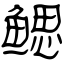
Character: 鳃